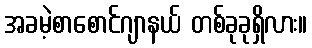
အခမဲ့စာစောင်ဂျာနယ် တစ်ခုခုရှိလား။